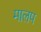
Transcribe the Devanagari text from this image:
मालप